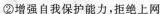
②增强自我保护能力，拒绝上网